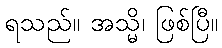
ရသည်။ အသ္မိ၊ ဖြစ်ပြီ။